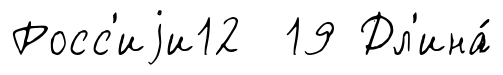
Росс'иjи12 19 Дл'ина́